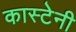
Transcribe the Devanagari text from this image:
कास्टेनी